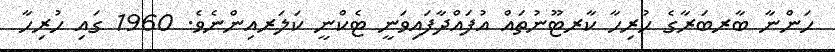
ހަންނާ ބާރބަރާގެ ހުރިހާ ކާރޓޫނުތައް އުފައްދާފައިވަނީ ޓެކްނީ ކަލަރއިންނެވެ. 1960 ގައި ހުރިހާ